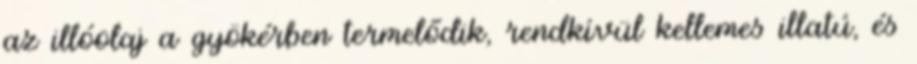
az illóolaj a gyökérben termelődik, rendkívül kellemes illatú, és